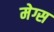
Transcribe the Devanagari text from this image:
मेग्स